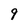
Character: 9